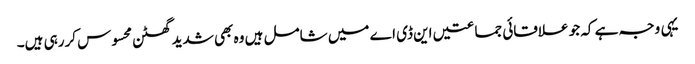
یہی وجہ ہے کہ جو علاقائی جماعتیں این ڈی اے میں شامل ہیں وہ بھی شدید گھٹن محسوس کررہی ہیں۔